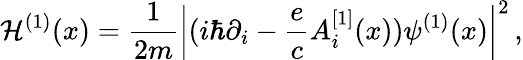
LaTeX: {\cal H}^{(1)}(x)={\frac{1}{2m}}\left|(i\hbar\partial_{i}-{\frac{e}{c}}A_{i}^{[1]}(x))\psi^{(1)}(x)\right|^{2}\, ,